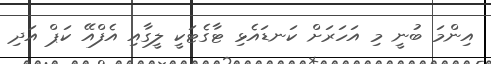
އިންމަ ބުނީ މި އަހަރަށް ކަނޑައެޅި ޓާގެޓަކީ ލީގާއި އެފްއޭ ކަޕް އަދި